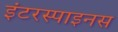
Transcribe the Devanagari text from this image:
इंटरस्पाइनस